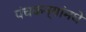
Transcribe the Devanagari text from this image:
पंचकन्यांमधे